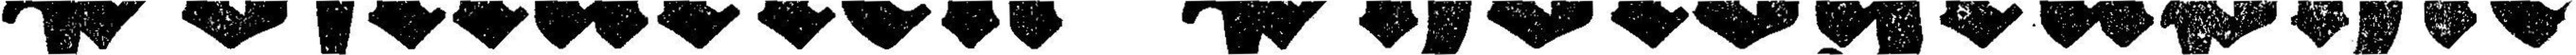
Postkarten=Photographie